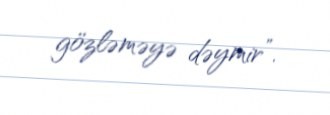
gözləməyə dəymir”.